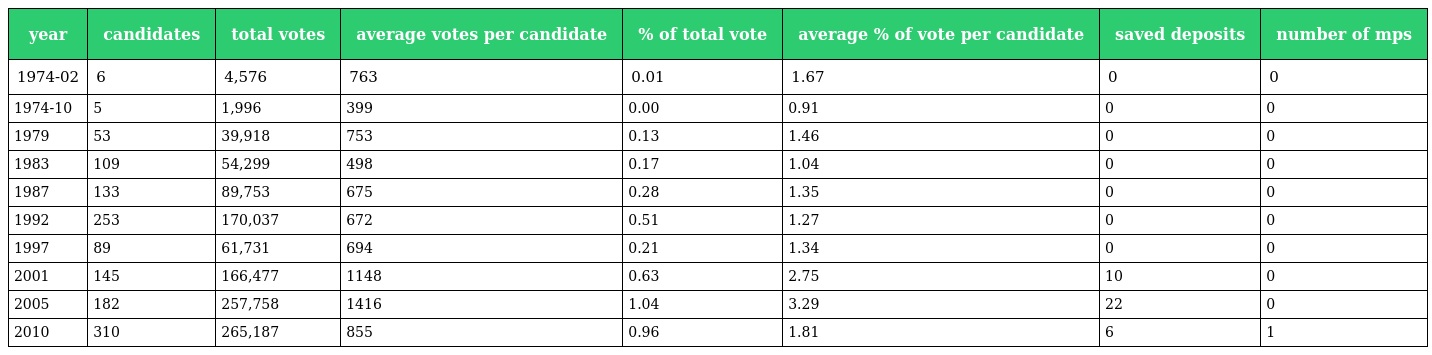
| year | candidates | total votes | average votes per candidate | % of total vote | average % of vote per candidate | saved deposits | number of mps |
 | --- | --- | --- | --- | --- | --- | --- | --- |
 | 1974-02 | 6 | 4,576 | 763 | 0.01 | 1.67 | 0 | 0 |
 | 1974-10 | 5 | 1,996 | 399 | 0.00 | 0.91 | 0 | 0 |
 | 1979 | 53 | 39,918 | 753 | 0.13 | 1.46 | 0 | 0 |
 | 1983 | 109 | 54,299 | 498 | 0.17 | 1.04 | 0 | 0 |
 | 1987 | 133 | 89,753 | 675 | 0.28 | 1.35 | 0 | 0 |
 | 1992 | 253 | 170,037 | 672 | 0.51 | 1.27 | 0 | 0 |
 | 1997 | 89 | 61,731 | 694 | 0.21 | 1.34 | 0 | 0 |
 | 2001 | 145 | 166,477 | 1148 | 0.63 | 2.75 | 10 | 0 |
 | 2005 | 182 | 257,758 | 1416 | 1.04 | 3.29 | 22 | 0 |
 | 2010 | 310 | 265,187 | 855 | 0.96 | 1.81 | 6 | 1 |